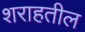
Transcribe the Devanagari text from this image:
शराहतील